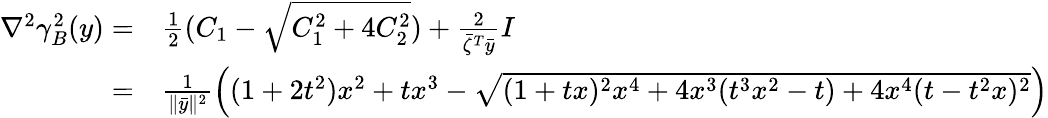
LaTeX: \begin{array}{rl}{\nabla^{2}\gamma_{B}^{2}(y)=}&{\frac{1}{2}(C_{1}-\sqrt{C_{1}^{2}+4C_{2}^{2}})+\frac{2}{\bar{\zeta}^{T}\bar{y}}I}\\ {=}&{\frac{1}{\| \bar{y}\| ^{2}}\left((1+2t^{2})x^{2}+tx^{3}-\sqrt{(1+tx)^{2}x^{4}+4x^{3}(t^{3}x^{2}-t)+4x^{4}(t-t^{2}x)^{2}}\right)}\end{array}